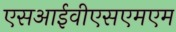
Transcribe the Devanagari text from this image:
एसआईवीएसएमएम